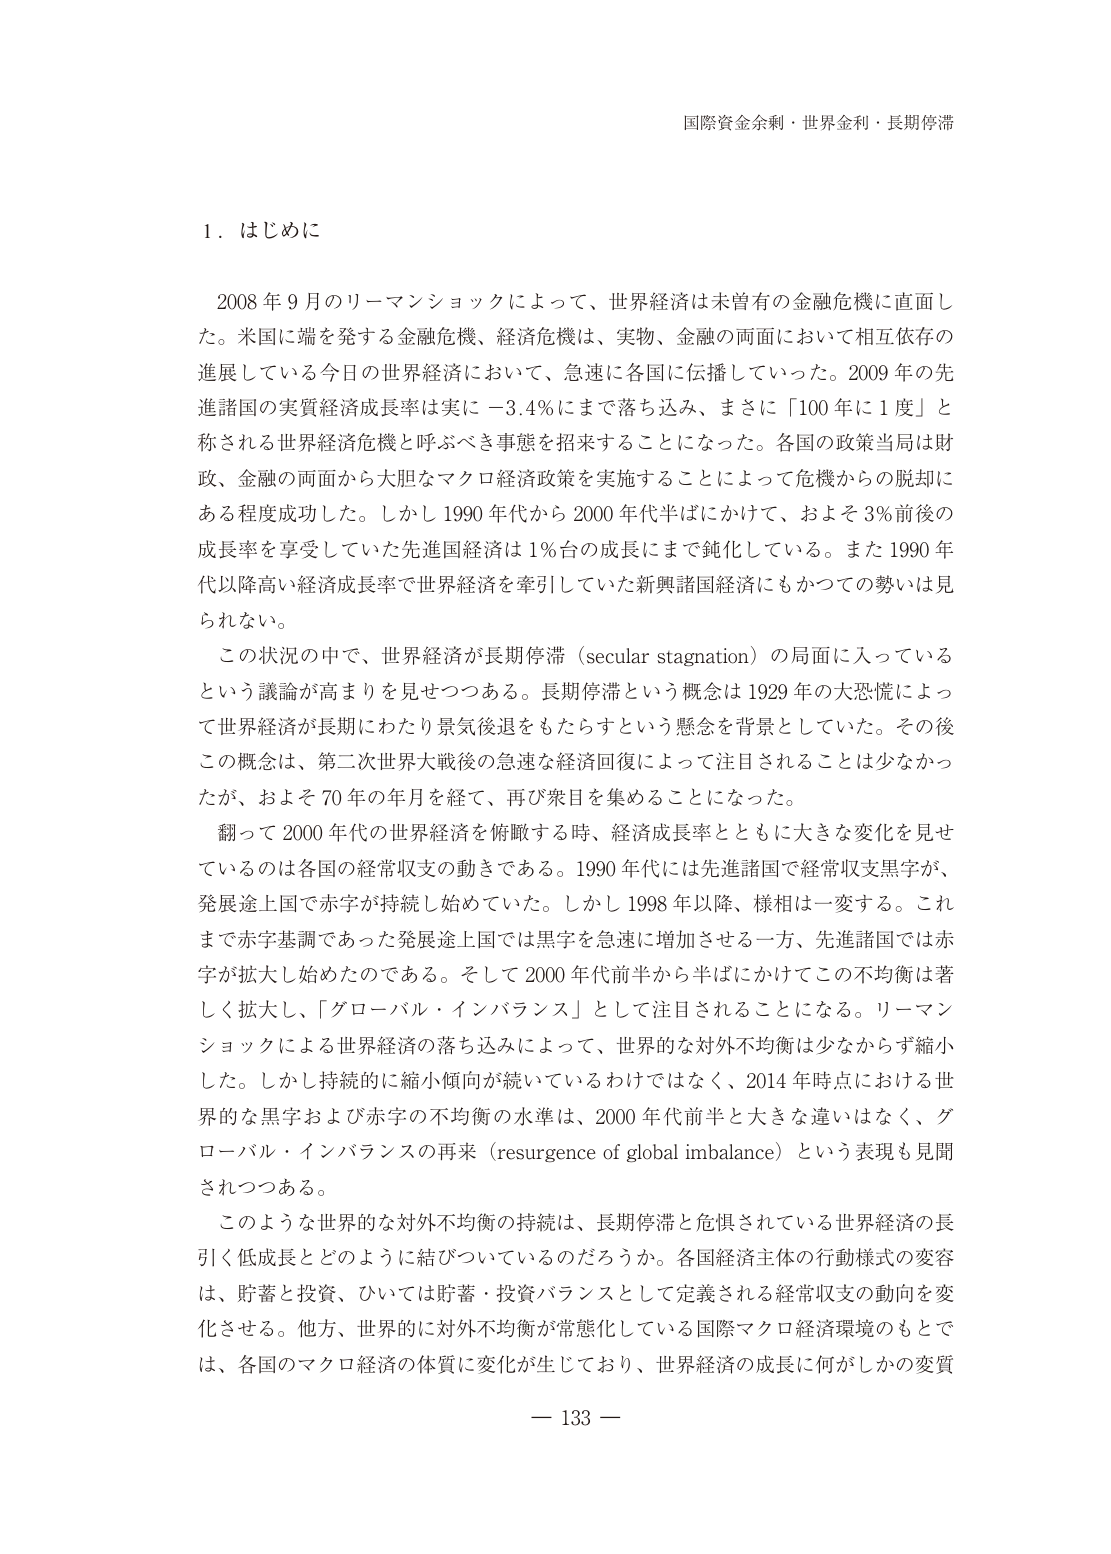
国際資金余剰・世界金利・長期停滞

１．はじめに

2008年9月のリーマンショックによって、世界経済は未曾有の金融危機に直面した。米国に端を発する金融危機、経済危機は、実物、金融の両面において相互依存の進展している今日の世界経済において、急速に各国に伝播していった。2009年の先進諸国の実質経済成長率は実に－3.4％にまで落ち込み、まさに「100年に1度」と称される世界経済危機と呼ぶべき事態を招来することになった。各国の政策当局は財政、金融の両面から大胆なマクロ経済政策を実施することによって危機からの脱却にある程度成功した。しかし1990年代から2000年代半ばにかけて、およそ3％前後の成長率を享受していた先進国経済は1％台の成長にまで鈍化している。また1990年代以降高い経済成長率で世界経済を牽引していた新興諸国経済にもかつての勢いは見られない。

この状況の中で、世界経済が長期停滞（secular stagnation）の局面に入っているという議論が高まりを見せつつある。長期停滞という概念は1929年の大恐慌によって世界経済が長期にわたり景気後退をもたらすという懸念を背景としていた。その後この概念は、第二次世界大戦後の急速な経済回復によって注目されることは少なかったが、およそ70年の年月を経て、再び衆目を集めるようになった。

翻って2000年代の世界経済を俯瞰する時、経済成長率とともに大きな変化を見せているのは各国の経常収支の動きである。1990年代には先進諸国で経常収支黒字が、発展途上国で赤字が持続し始めていた。しかし1998年以降、様相は一変する。これまで赤字調であった発展途上国では黒字を急速に増加させる一方、先進諸国では赤字が拡大し始めたのである。そして2000年代前半から半ばにかけてこの不均衡は著しく拡大し、「グローバル・インバランス」として注目されることになる。リーマンショックによる世界経済の落ち込みによって、世界的な対外不均衡は少なからず縮小した。しかし持続的に縮小傾向が続いているわけではなく、2014年時点における世界的な黒字および赤字の不均衡の水準は、2000年代前半と大きな違いはなく、グローバル・インバランスの再来（resurgence of global imbalance）という表現も見聞されつつある。

このような世界的な対外不均衡の持続は、長期停滞と危惧されている世界経済の長引く低成長とどのように結びついているのだろうか。各国経済主体の行動様式の変容は、貯蓄と投資、ひいては貯蓄・投資バランスとして定義される経常収支の動向を変化させる。他方、世界的に対外不均衡が常態化している国際マクロ経済環境のもとでは、各国のマクロ経済の体質に変化が生じており、世界経済の成長に何がしかの変質

－ 133 －